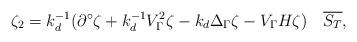
LaTeX: \begin{align*} \zeta_2 = k_d^{-1}(\partial^\circ\zeta+k_d^{-1}V_\Gamma^2\zeta-k_d\Delta_\Gamma\zeta-V_\Gamma H\zeta) \quad\overline{S_T}, \end{align*}